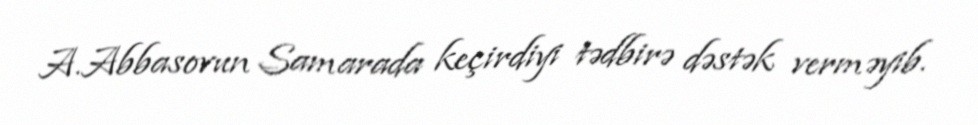
A.Abbasovun Samarada keçirdiyi tədbirə dəstək verməyib.